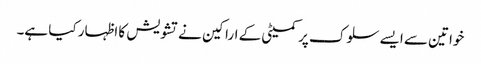
خواتین سے ایسے سلوک پر کمیٹی کے اراکین نے تشویش کا اظہار کیا ہے۔